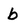
Character: b